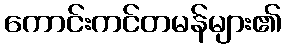
ကောင်းကင်တမန်များ၏